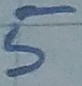
Text: 5